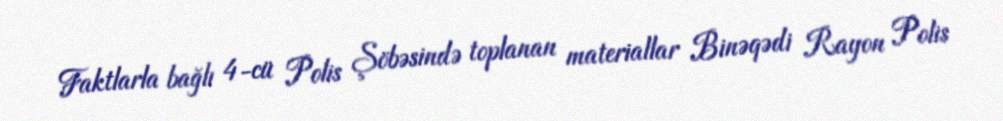
Faktlarla bağlı 4-cü Polis Şöbəsində toplanan materiallar Binəqədi Rayon Polis